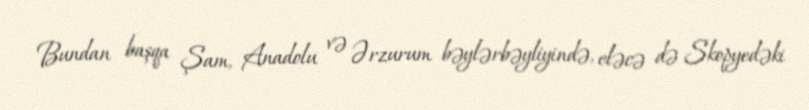
Bundan başqa Şam, Anadolu və Ərzurum bəylərbəyliyində, eləcə də Skopyedəki